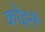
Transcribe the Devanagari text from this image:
कोइनै